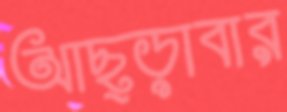
আছ্‌ড়াবার